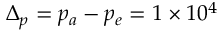
\Delta _ { p } = p _ { a } - p _ { e } = 1 \times 1 0 ^ { 4 }